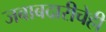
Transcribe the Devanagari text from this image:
जबाबदारीचेही